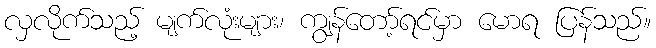
လှလိုက်သည့် မျက်လုံးများ၊ ကျွန်တော့်ရင်မှာ မောရ ပြန်သည်။